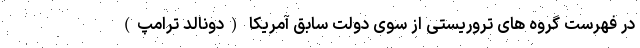
در فهرست گروه های تروریستی از سوی دولت سابق آمریکا (دونالد ترامپ)